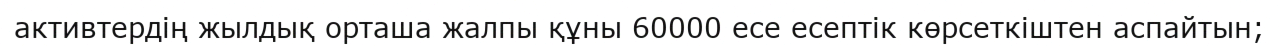
активтердің жылдық орташа жалпы құны 60000 есе есептік көрсеткіштен аспайтын;